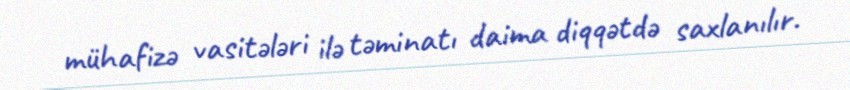
mühafizə vasitələri ilə təminatı daima diqqətdə saxlanılır.